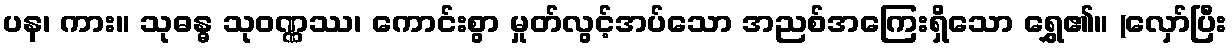
ပန၊ ကား။ သုဓန္ဓ သုဝဏ္ဏဿ၊ ကောင်းစွာ မှုတ်လွင့်အပ်သော အညစ်အကြေးရှိသော ရွှေ၏။ (လှော်ပြီး